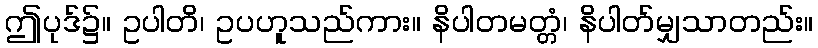
ဤပုဒ်၌။ ဥပါတိ၊ ဥပဟူသည်ကား။ နိပါတမတ္တံ၊ နိပါတ်မျှသာတည်း။